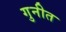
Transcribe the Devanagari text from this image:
गुनीत